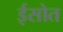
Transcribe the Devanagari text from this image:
ईसोत